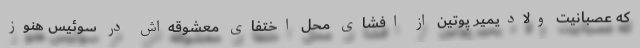
که عصبانیت ولادیمیر پوتین از افشای محل اختفای معشوقه‌اش در سوئیس هنوز